Distribution and causation of leprosy in British India
Year: 1875
Disease focus: Leprosy
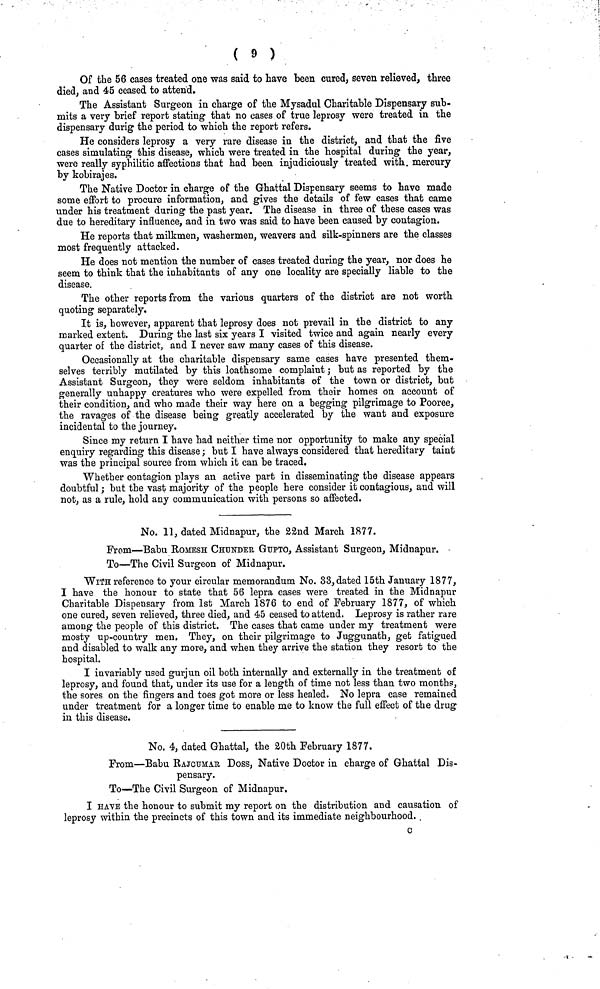
( 9 )
Of the 56 cases treated one was said to have been cured, seven relieved, three
died, and 45 ceased to attend»
The Assistant Surgeon in charge of the Mysadul Charitable Dispensary sub-
mits a very brief report stating that no cases of true leprosy were treated in the
dispensary durig the period to which the report refers.
He considers leprosy a very rare disease in the district, and that the five
cases simulating this disease, which were treated in the hospital during the year,
were really syphilitic affections that had been injudiciously treated with mercury
by kobirajes.
The Native Doctor in charge of the Ghattal Dispensary seems to have made
some effort to procure information, and gives the details of few cases that came
under his treatment during the past year. The disease in three of these cases was
due to hereditary influence, and in two was said to have been caused by contagion.
He reports that milkmen, washermen, weavers and silk-spinners are the classes
most frequently attacked.
He does not mention the number of cases treated during the year, nor does he
seem to think that the inhabitants of any one locality are specially liable to the
disease.
The other reports from the various quarters of the district are not worth
quoting separately.
It is, however, apparent that leprosy does not prevail in the district to any
marked extent. During the last six years I visited twice and again nearly every
quarter of the district, and I never saw many cases of this disease.
Occasionally at the charitable dispensary same cases have presented them-
selves terribly mutilated by this loathsome complaint ; but as reported by the
Assistant Surgeon, they were seldom inhabitants of the town or district, but
generally unhappy creatures who were expelled from their homes on account of
their condition, and who made their way here on a begging pilgrimage to Pooree,
the ravages of the disease being greatly accelerated by the want and exposure
incidental to the journey.
Since my return I have had neither time nor opportunity to make any special
enquiry regarding this disease ; but I have always considered that hereditary taint
was the principal source from which it can be traced.
Whether contagion plays an active part in disseminating the disease appears
doubtful ; but the vast majority of the people here consider it contagious, and will
not, as a rule, hold any communication with persons so affected.
No. 11, dated Midnapur, the 22ud March 1877.
From—Babu ROMESH CHUNDER GUPTO, Assistant Surgeon, Midnapur.
To—The Civil Surgeon of Midnapur.
WITH reference to your circular memorandum No. 33, dated 15th January 1877,
I have the honour to state that 56 lepra cases were treated in the Midnapur
Charitable Dispensary from 1st March 1876 to end of February 1877, of which
one cured, seven relieved, three died, and 45 ceased to attend. Leprosy is rather rare
among the people of this district. The cases that came under my treatment were
mosty up-country men, They, on their pilgrimage to Juggunath, get fatigued
and disabled to walk any more, and when they arrive the station they resort to the
hospital.
I invariably used gurjun oil both internally and externally in the treatment of
leprosy, and found that, under its use for a length of time not less than two months,
the sores on the fingers and toes got more or less healed. No lepra case remained
under treatment for a longer time to enable me to know the full effect of the drug
in this disease.
No. 4, dated Ghattal, the 20th February 1877.
From—Babu RAJCUMAR Doss, Native Doctor in charge of Ghattal Dis-
pensary.
To—The Civil Surgeon of Midnapur.
I HAVE the honour to submit my report on the distribution and causation of
leprosy within the precincts of this town and its immediate neighbourhood.
c